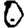
Digit: 0